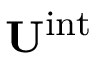
\mathbf { U } ^ { \mathrm { i n t } }